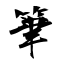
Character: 筆